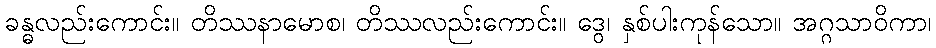
ခန္ဓလည်းကောင်း။ တိဿနာမောစ၊ တိဿလည်းကောင်း။ ဒွေ၊ နှစ်ပါးကုန်သော။ အဂ္ဂသာဝိကာ၊